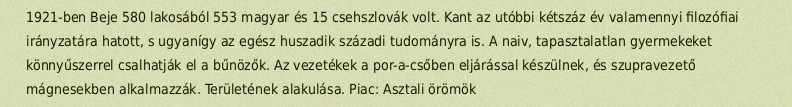
1921-ben Beje 580 lakosából 553 magyar és 15 csehszlovák volt. Kant az utóbbi kétszáz év valamennyi filozófiai irányzatára hatott, s ugyanígy az egész huszadik századi tudományra is. A naiv, tapasztalatlan gyermekeket könnyűszerrel csalhatják el a bűnözők. Az vezetékek a por-a-csőben eljárással készülnek, és szupravezető mágnesekben alkalmazzák. Területének alakulása. Piac: Asztali örömök